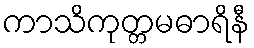
ကာသိကုတ္တမဓာရိနီ